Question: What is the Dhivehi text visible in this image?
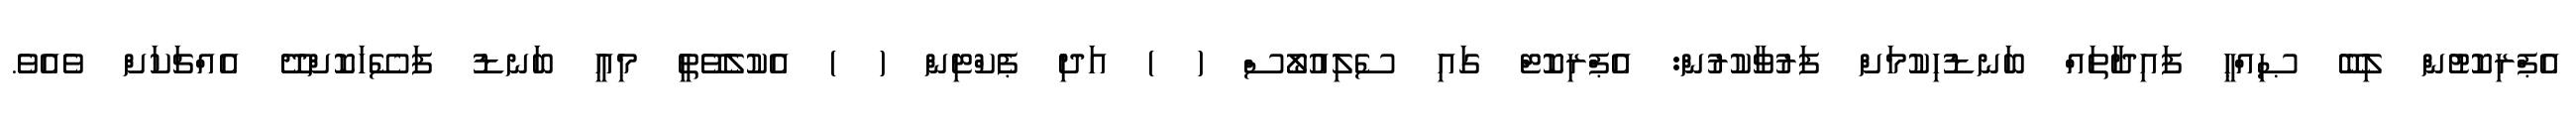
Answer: އެޕްރިކޮޓުން ލިބޭ ޞިއްޙީ ފައިދާތައް ބަނޑުހިކުމަށް ފަރުވާކުރުން: އެޕްރިކޮޓް ގައި ސެލިއުލޯސް ( ) އަދި ޕެކްޓިން ( ) އެކުލެވޭތީ މިއީ ބަނޑު ފަސޭހަކޮށްދޭ އެއްޗަކަށް ވެއެވެ.